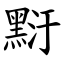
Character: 䵦